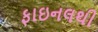
ફાઇનલથી